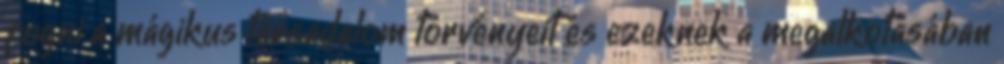
fogni a mágikus társadalom törvényeit és ezeknek a megalkotásában